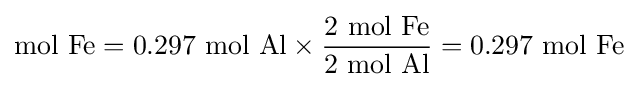
{\mathrm {mol} ~\mathrm {Fe} }=0.297~{\mathrm {mol} ~\mathrm {Al} }\times {\frac {2~\mathrm {mol} ~\mathrm {Fe} }{2~\mathrm {mol} ~\mathrm {Al} }}=0.297~{\mathrm {mol} ~\mathrm {Fe} }